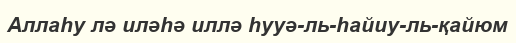
Аллаһу лә иләһә иллә һууә-ль-һайиу-ль-қайюм